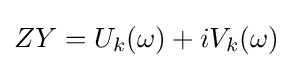
ZY=U_{k}(\omega )+iV_{k}(\omega )